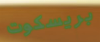
بريسكوت